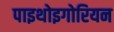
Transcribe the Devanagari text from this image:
पाइथोइगोरियन